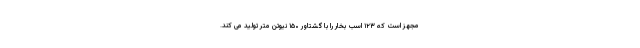
مجهز است که ۱۲۳ اسب بخار را با گشتاور ۱۵۰ نیوتن متر تولید می کند.